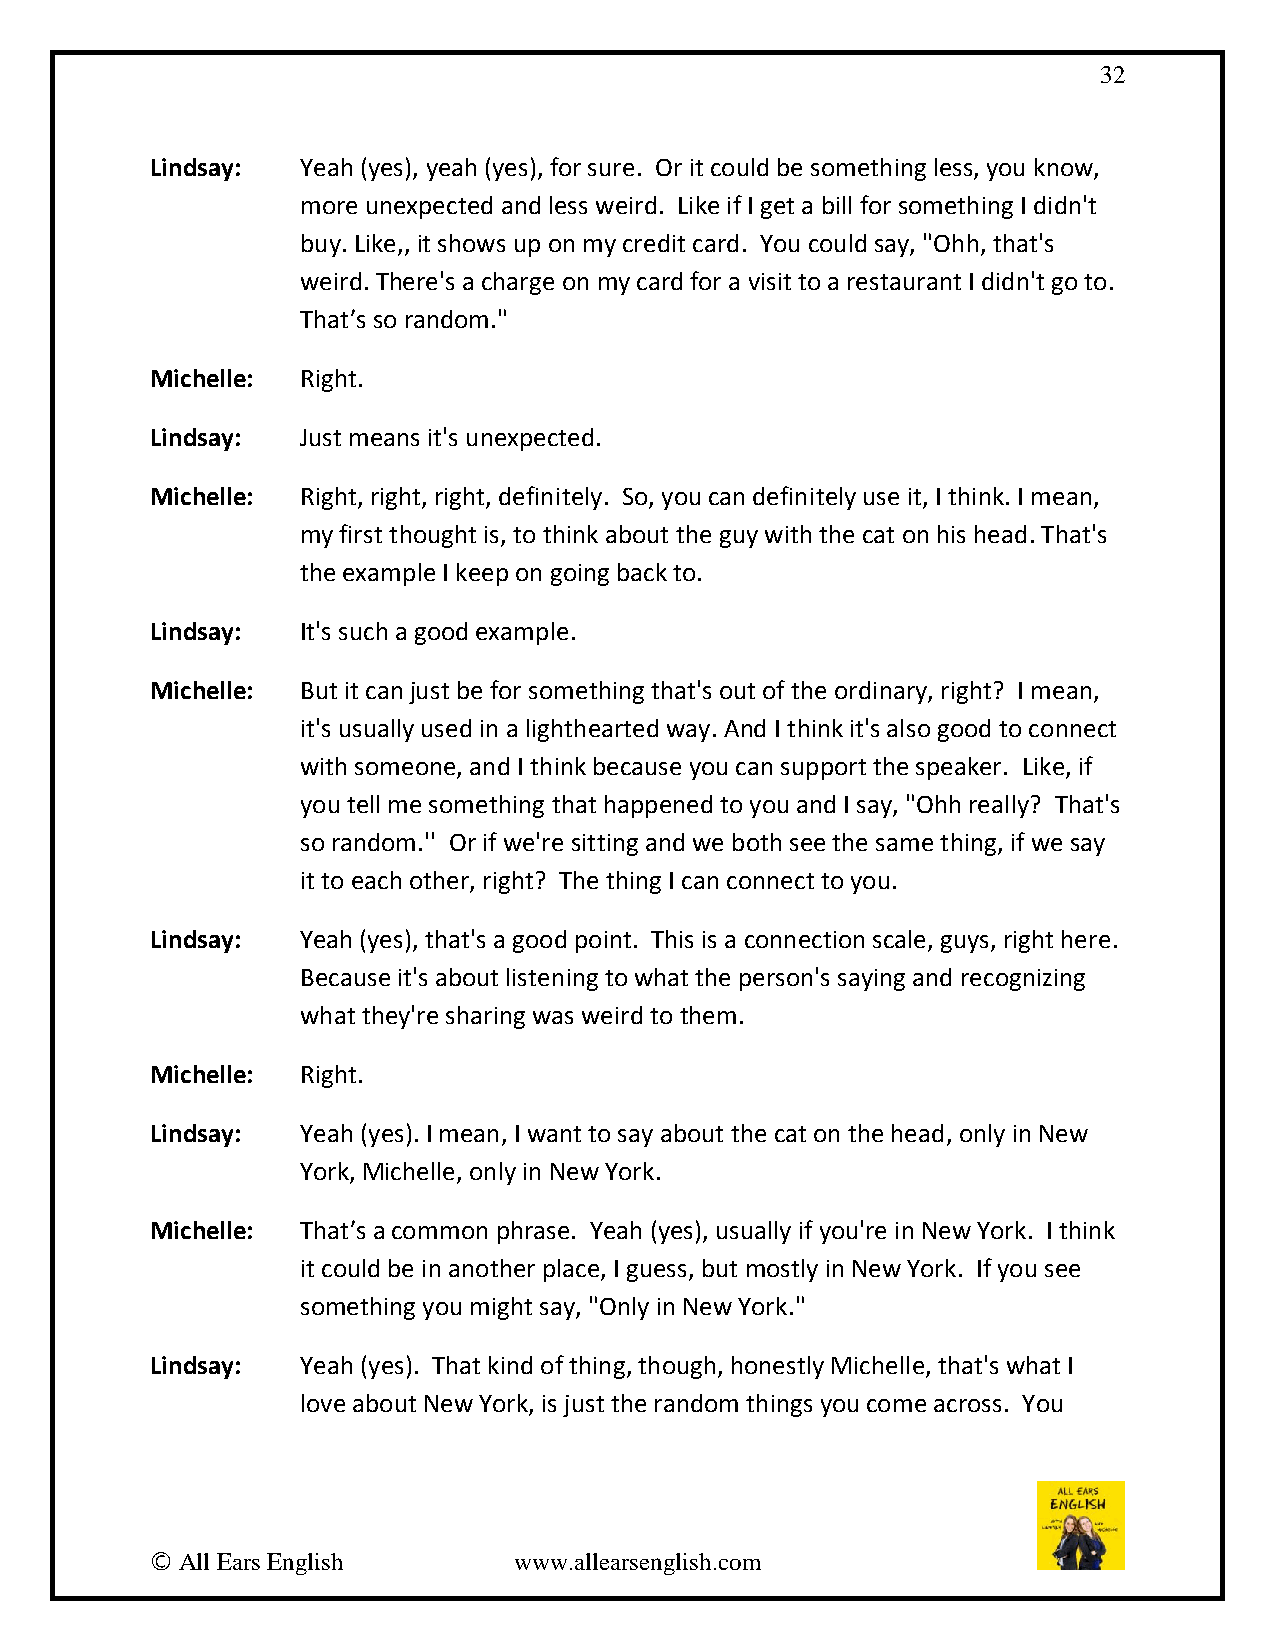
32
 Lindsay:  Yeah (yes), yeah (yes), for sure. Or it could be something less, you know,
 more unexpected and less weird. Like if I get a bill for something I didn't
 buy. Like,, it shows up on my credit card. You could say, "Ohh, that's
 weird. There's a charge on my card for a visit to a restaurant I didn't go to.
 That’s so random."
 Michelle: Right.
 Lindsay:  Just means it's unexpected.
 Michelle: Right, right, right, definitely. So, you can definitely use it, I think. I mean,
 my first thought is, to think about the guy with the cat on his head. That's
 the example I keep on going back to.
 Lindsay:  It's such a good example.
 Michelle: But it can just be for something that's out of the ordinary, right? I mean,
 it's usually used in a lighthearted way. And I think it's also good to connect
 with someone, and I think because you can support the speaker. Like, if
 you tell me something that happened to you and I say, "Ohh really? That's
 so random.'' Or if we're sitting and we both see the same thing, if we say
 it to each other, right? The thing I can connect to you.
 Lindsay:  Yeah (yes), that's a good point. This is a connection scale, guys, right here.
 Because it's about listening to what the person's saying and recognizing
 what they're sharing was weird to them.
 Michelle: Right.
 Lindsay:  Yeah (yes). I mean, I want to say about the cat on the head, only in New
 York, Michelle, only in New York.
 Michelle: That’s a common phrase. Yeah (yes), usually if you're in New York. I think
 it could be in another place, I guess, but mostly in New York. If you see
 something you might say, "Only in New York."
 Lindsay:  Yeah (yes). That kind of thing, though, honestly Michelle, that's what I
 love about New York, is just the random things you come across. You
 © All Ears English      www.allearsenglish.com